Civil Veterinary Dept. Bombay admin report 1893-99 - 1893-1899
Year: 1893
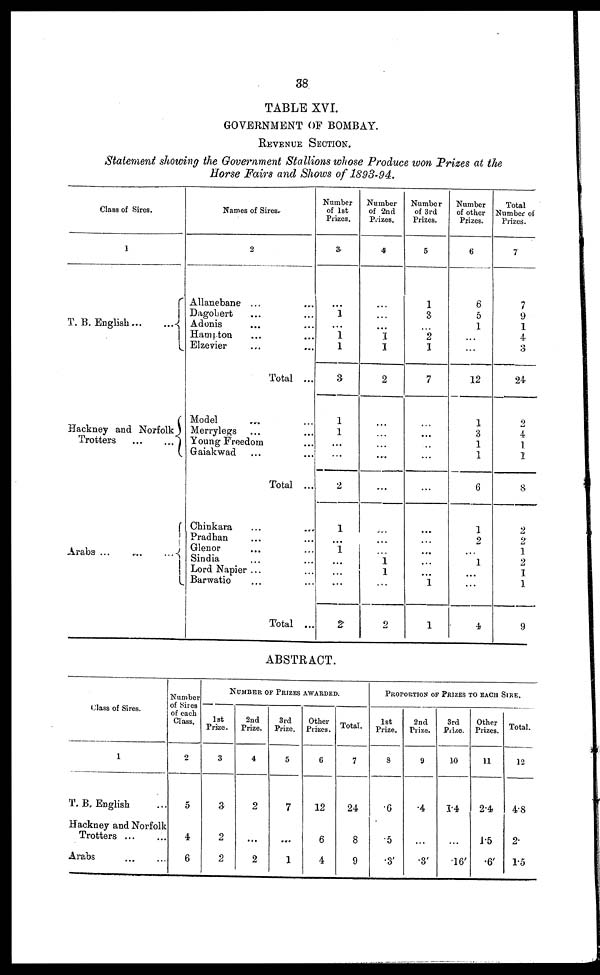
38
TABLE XVI.
GOVERNMENT OF BOMBAY.
REVENUE SECTION.
Statement showing the Government Stallions whose Produce won Prizes at the
Horse Fairs and Shows of 1893-94.
Class of Sires.
1
T. B. English
...
...
Hackney and Norfolk
Trotters
...
...
Arabs
...
...
...
Names of Sires.
2
Allanebane ... ...
Dagobert ... ...
Adonis... ...
Hampton ... ...
Elzevier ... ...
Total ...
Model ... ...
Merrylegs ... ...
Young Freedom ...
Gaiakwad ... ...
Total ...
Chinkara ... ...
Pradhan ... ...
Glenor ... ...
Sindia ... ...
Lord Napier ... ...
Barwatio ... ...
Total ...
Number
of 1st
Prizes.
3
...
1
...
1
1
3
1
1
...
...
2
1
...
1
...
...
...
2
Number
of 2nd
Prizes.
4
...
...
...
1
1
2
...
...
...
...
...
...
...
... 1
1
...
2
Number
of 3rd
Prizes.
5
1
3
2
1
7
...
...
...
...
...
...
...
...
...
...
...
1
Number
of other
Prizes.
6
6
5
1
...
...
12
1
3
1
1
6
1
2
...
1
...
...
4
Total
Number of
Prizes.
7
7
9
1
4
3
24
2
4
1
1
8
2
2
1
2
1
1
9
ABSTRACT.
Class of Sires.
1
T. B. English ...
Hackney and Norfolk
Trotters
...
...
Arabs ... ...
Number
of Sires
of each
Class.
2
5
4
6
NUMBER OF PRIZES AWARDED.
1st
Prize.
3
3
2
2
2nd
Prize.
4
2
...
2
3rd
Prize.
5
7
...
1
Other
Prizes.
6
12
6
4
Total.
7
24
8
9
PROPORTION OF PRIZEZ TO EACH SIRE.
1st
Prize.
8
.6
.5
.3'
2nd
Prize.
9
.4
...
.3'
3rd
Prize.
10
1.4
...
.16'
Other
Prizes.
11
2.4
1.5
.6'
Total.
12
4.8
2.
1.5